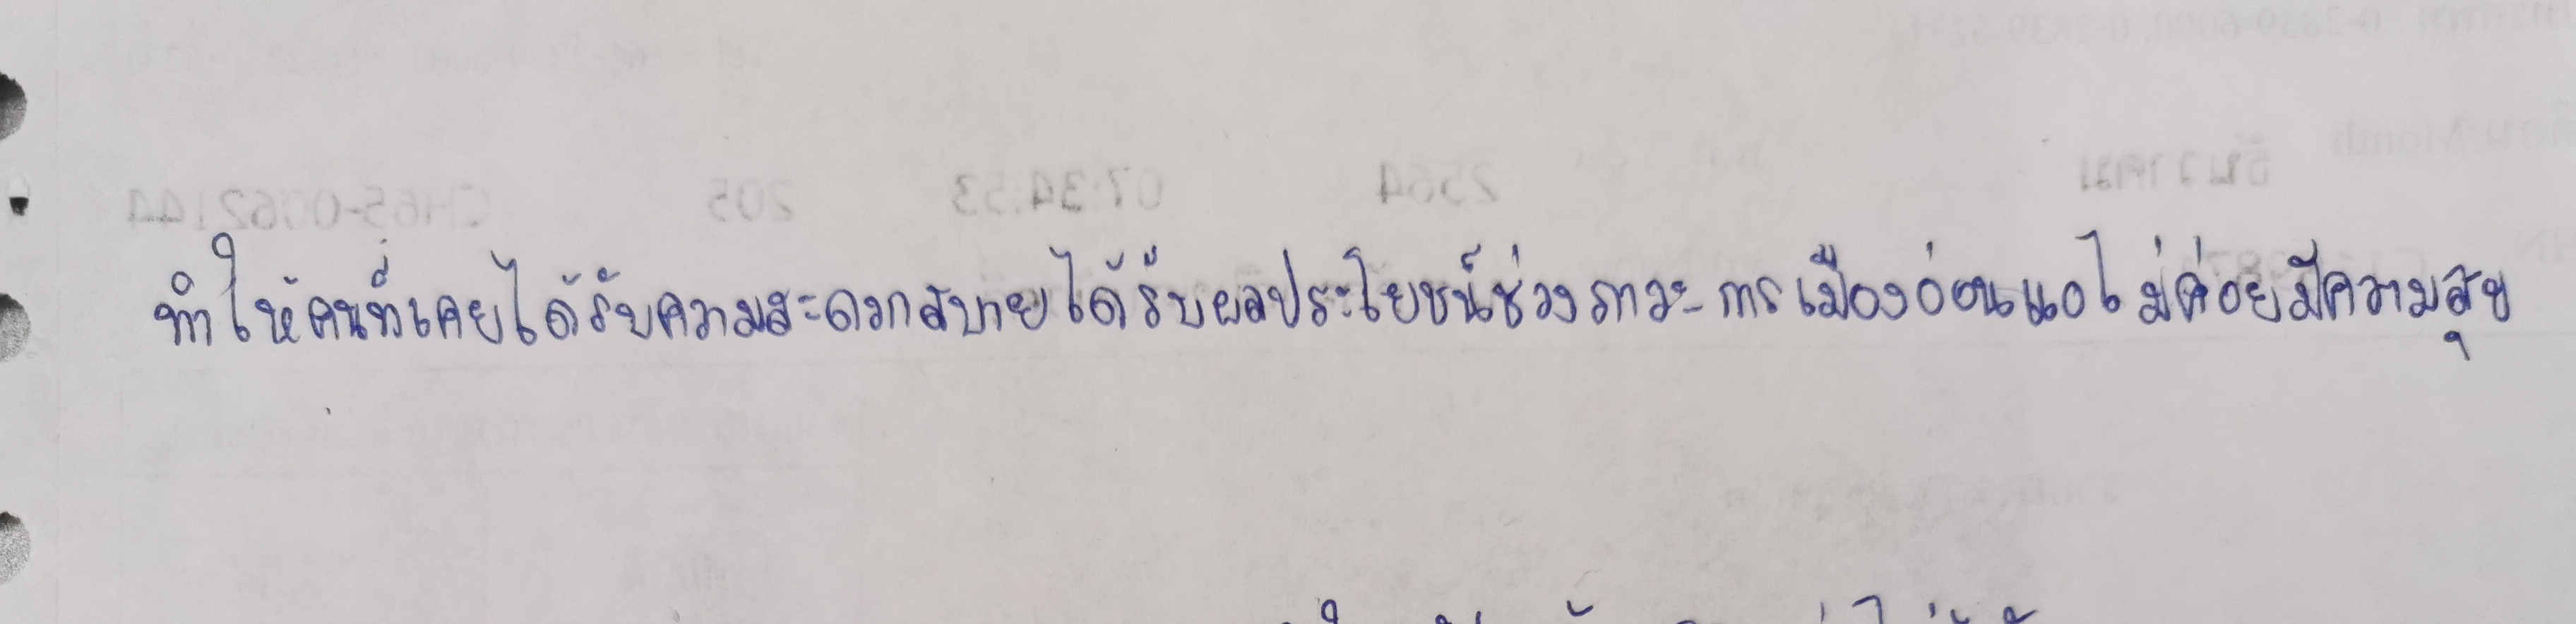
ทำให้คนที่เคยได้รับความสะดวกสบายได้รับผลประโยชน์ช่วงภาวะการเมืองอ่อนแอไม่ค่อยมีความสุข